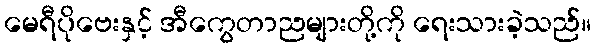
မေရီပိုဗေးနှင့် အီကွေတာညများတို့ကို ရေးသားခဲ့သည်။